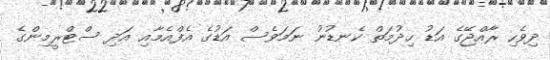
ދިވެހި ރާއްޖޭގެ އަޑު ހިދުމަތް ކެނޑުނު ނަމަވެސް އަޑުގެ އެފްއެމާއި އަދި ސްޓްރީމިންގެ